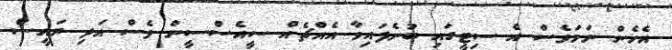
އެހެން ނަމަވެސް އެ ސިޓީގައި ބުނެފައިވާ އެއްޗެއް ސީއެސްސީން ވެސް އަދި ރައީސް